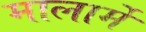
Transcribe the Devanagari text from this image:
मालार्मे